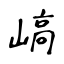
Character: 嵪